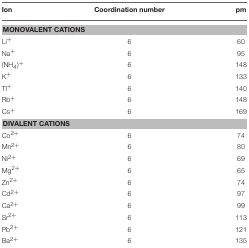
<table><thead><tr><td><b>Ion</b></td><td><b>Coordination number</b></td><td><b>pm</b></td></tr></thead><tbody><tr><td colspan="3"><b>MONOVALENT CATIONS</b></td></tr><tr><td>Li<sup>+</sup></td><td>6</td><td>60</td></tr><tr><td>Na<sup>+</sup></td><td>6</td><td>95</td></tr><tr><td>(NH4)<sup>+</sup></td><td>6</td><td>148</td></tr><tr><td>K<sup>+</sup></td><td>6</td><td>133</td></tr><tr><td>Tl<sup>+</sup></td><td>6</td><td>140</td></tr><tr><td>Rb<sup>+</sup></td><td>6</td><td>148</td></tr><tr><td>Cs<sup>+</sup></td><td>6</td><td>169</td></tr><tr><td colspan="3"><b>DIVALENT CATIONS</b></td></tr><tr><td>Co2<sup>+</sup></td><td>6</td><td>74</td></tr><tr><td>Mn2<sup>+</sup></td><td>6</td><td>80</td></tr><tr><td>Ni2<sup>+</sup></td><td>6</td><td>69</td></tr><tr><td>Mg2<sup>+</sup></td><td>6</td><td>65</td></tr><tr><td>Zn2<sup>+</sup></td><td>6</td><td>74</td></tr><tr><td>Cd2<sup>+</sup></td><td>6</td><td>97</td></tr><tr><td>Ca2<sup>+</sup></td><td>6</td><td>99</td></tr><tr><td>Sr2<sup>+</sup></td><td>6</td><td>113</td></tr><tr><td>Pb2<sup>+</sup></td><td>6</td><td>121</td></tr><tr><td>Ba2<sup>+</sup></td><td>6</td><td>135</td></tr></tbody></table>